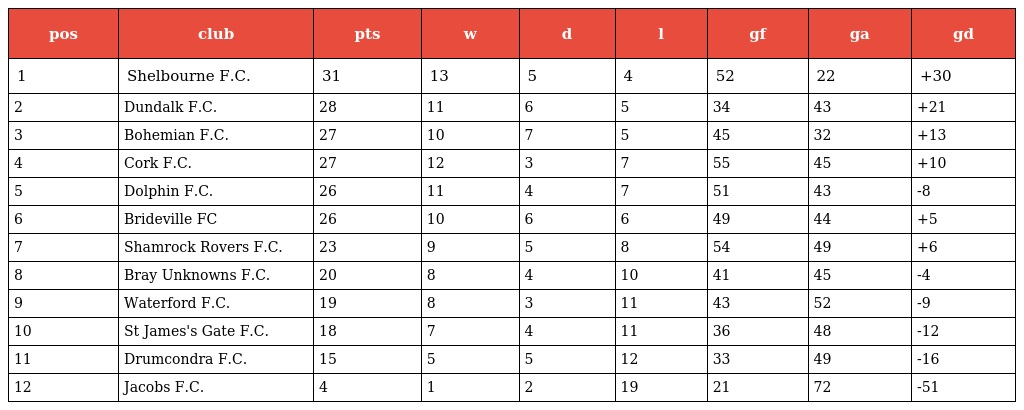
| pos | club | pts | w | d | l | gf | ga | gd |
 | --- | --- | --- | --- | --- | --- | --- | --- | --- |
 | 1 | Shelbourne F.C. | 31 | 13 | 5 | 4 | 52 | 22 | +30 |
 | 2 | Dundalk F.C. | 28 | 11 | 6 | 5 | 34 | 43 | +21 |
 | 3 | Bohemian F.C. | 27 | 10 | 7 | 5 | 45 | 32 | +13 |
 | 4 | Cork F.C. | 27 | 12 | 3 | 7 | 55 | 45 | +10 |
 | 5 | Dolphin F.C. | 26 | 11 | 4 | 7 | 51 | 43 | -8 |
 | 6 | Brideville FC | 26 | 10 | 6 | 6 | 49 | 44 | +5 |
 | 7 | Shamrock Rovers F.C. | 23 | 9 | 5 | 8 | 54 | 49 | +6 |
 | 8 | Bray Unknowns F.C. | 20 | 8 | 4 | 10 | 41 | 45 | -4 |
 | 9 | Waterford F.C. | 19 | 8 | 3 | 11 | 43 | 52 | -9 |
 | 10 | St James's Gate F.C. | 18 | 7 | 4 | 11 | 36 | 48 | -12 |
 | 11 | Drumcondra F.C. | 15 | 5 | 5 | 12 | 33 | 49 | -16 |
 | 12 | Jacobs F.C. | 4 | 1 | 2 | 19 | 21 | 72 | -51 |